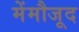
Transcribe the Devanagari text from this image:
मेंमौजूद